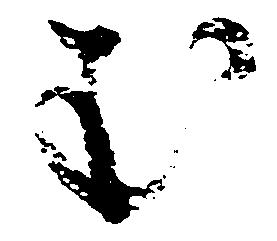
む